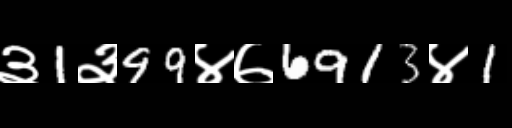
Text: ३1३99४७6913४1